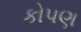
કોપણ